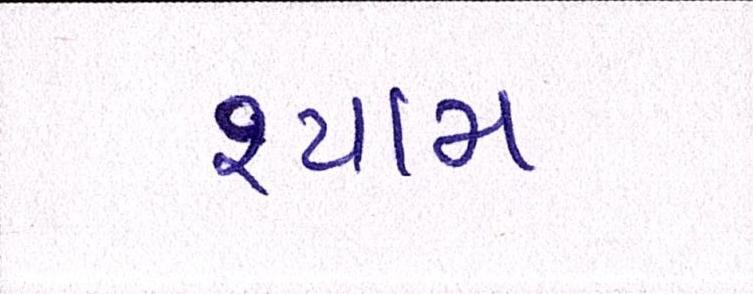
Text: શ્યામ